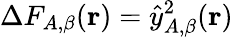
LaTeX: \Delta F_{A,\beta}(\mathbf{r})=\hat{y}_{A,\beta}^{2}(\mathbf{r})